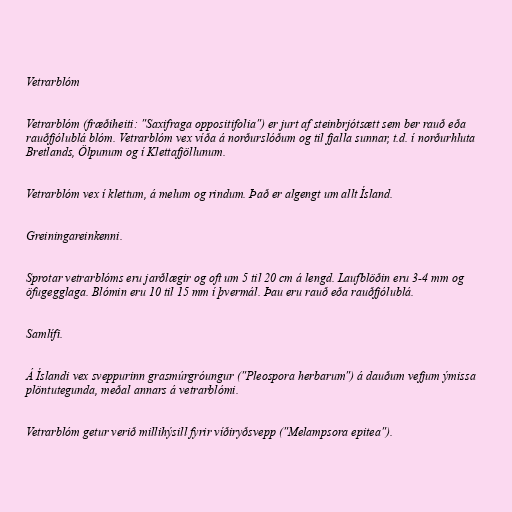
Vetrarblóm

Vetrarblóm (fræðiheiti: "Saxifraga oppositifolia") er jurt af steinbrjótsætt sem ber rauð eða
rauðfjólublá blóm. Vetrarblóm vex víða á norðurslóðum og til fjalla sunnar, t.d. í norðurhluta
Bretlands, Ölpunum og í Klettafjöllunum.

Vetrarblóm vex í klettum, á melum og rindum. Það er algengt um allt Ísland.

Greiningareinkenni.

Sprotar vetrarblóms eru jarðlægir og oft um 5 til 20 cm á lengd. Laufblöðin eru 3-4 mm og
öfugegglaga. Blómin eru 10 til 15 mm í þvermál. Þau eru rauð eða rauðfjólublá.

Samlífi.

Á Íslandi vex sveppurinn grasmúrgróungur ("Pleospora herbarum") á dauðum vefjum ýmissa
plöntutegunda, meðal annars á vetrarblómi.

Vetrarblóm getur verið millihýsill fyrir víðiryðsvepp ("Melampsora epitea").